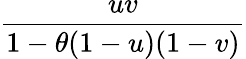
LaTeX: \frac{uv}{1-\theta(1-u)(1-v)}